Scottish Leaving Certificate Examination, 1957
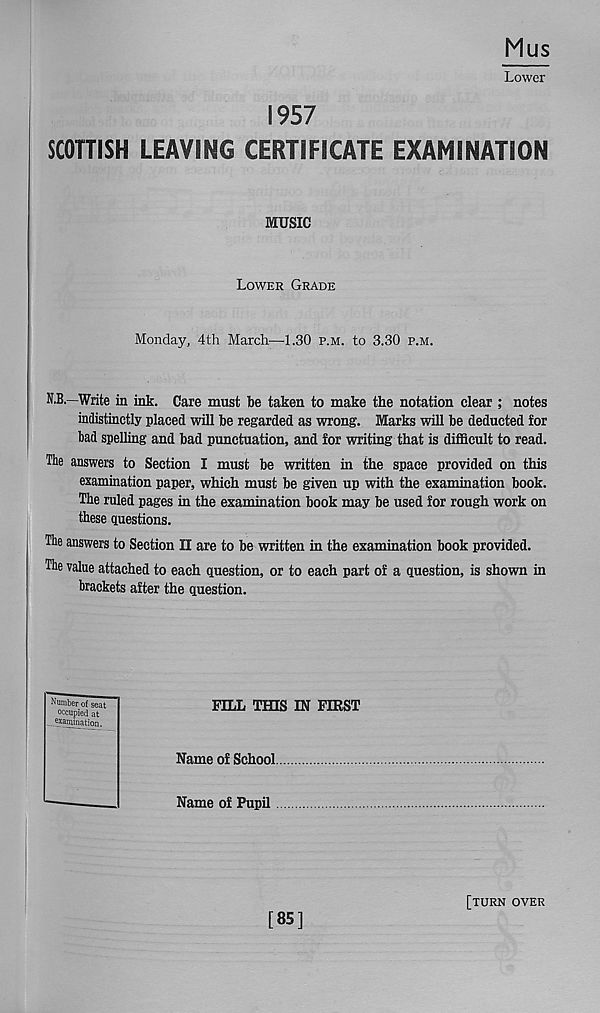
Mus
Lower
1957
SCOTTISH LEAVING CERTIFICATE EXAMINATION
MUSIC
Lower Grade
Monday, 4th March—1.30 p.m. to 3.30 p.m.
N.B.—Write in ink. Care must be taken to make the notation clear ; notes
indistinctly placed will be regarded as wrong. Marks will be deducted for
bad spelling and bad punctuation, and for writing that is difficult to read.
The answers to Section I must be written in the space provided on this
examination paper, which must be given up with the examination book.
The ruled pages in the examination book may be used for rough work on
these questions.
The answers to Section II are to be written in the examination book provided.
The value attached to each question, or to each part of a question, is shown in
brackets after the question.
PILL TfflS IN FIRST
Name of School
Name of Pupil
Number of seat
occupied at
examination.
[85]
[turn over